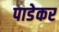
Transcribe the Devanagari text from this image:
पाडेकर